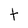
Character: t